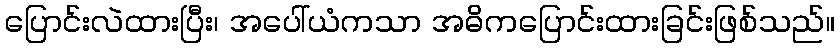
ပြောင်းလဲထားပြီး၊ အပေါ်ယံကသာ အဓိကပြောင်းထားခြင်းဖြစ်သည်။